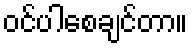
ဝင်ပါစေချင်တာ။